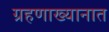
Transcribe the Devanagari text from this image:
ग्रहणाख्यानात